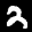
Label: 2